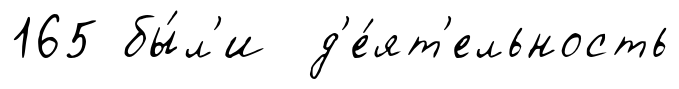
165 бы́л'и д'е́ят'ельность